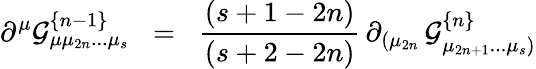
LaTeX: \partial^{\mu}{\cal{G}}_{\mu\mu_{2n}...\mu_{s}}^{\{ n-1\} }\; \; =\; \; {\frac{(s+1-2n)}{(s+2-2n)}}\, \partial_{(\mu_{2n}}\, {\cal{G}}_{\mu_{2n+1}...\mu_{s})}^{\{ n\} }